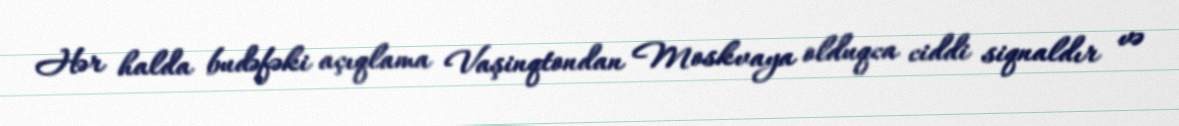
Hər halda budəfəki açıqlama Vaşinqtondan Moskvaya olduqca ciddi siqnaldır və